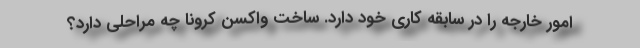
امور خارجه را در سابقه کاری خود دارد. ساخت واکسن کرونا چه مراحلی دارد؟